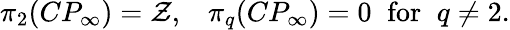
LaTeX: \pi_{2}(CP_{\infty})=\mathcal{Z},\; \; \; \pi_{q}(CP_{\infty})=0\; \; \mathrm{{for}}\; \; q\neq2.